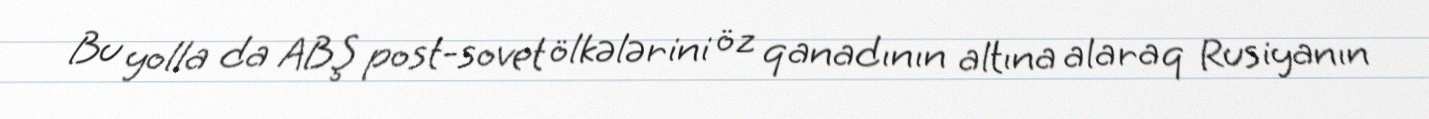
Bu yolla da ABŞ post-sovet ölkələrini öz qanadının altına alaraq Rusiyanın